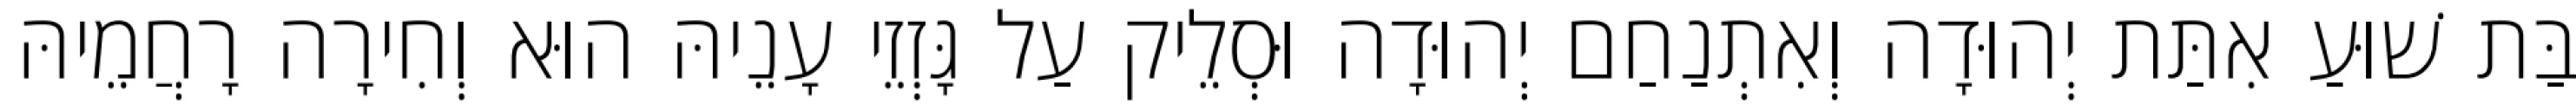
בַּת שׁוּעַ אִתַּת יְהוּדָה וְאִתְנַחַם יְהוּדָה וּסְלֵיק עַל גָּזְזֵי עָנֵיהּ הוּא וְחִירָה רָחֲמֵיהּ